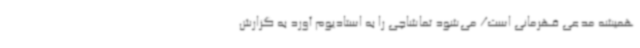
همیشه مدعی قهرمانی است/ می‌شود تماشاچی را به استادیوم آورد به گزارش